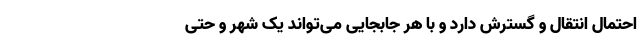
احتمال انتقال و گسترش دارد و با هر جابجایی می‌تواند یک شهر و حتی